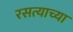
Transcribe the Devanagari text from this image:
रसत्याच्या